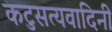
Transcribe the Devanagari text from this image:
कटुसत्यवादिनी